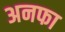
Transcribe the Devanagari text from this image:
अनफा